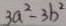
3 a ^ { 2 } - 3 b ^ { 2 }